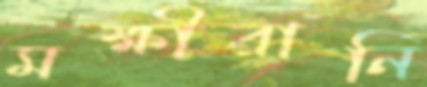
মক্ষীরানি